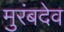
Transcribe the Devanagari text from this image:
मुरंबदेव